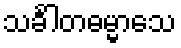
သင်္ခါတဓမ္မာသေ